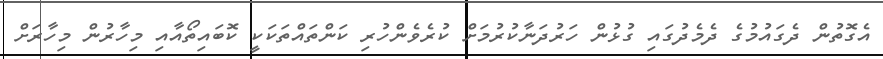
އެގޮތުން ދެގައުމުގެ ދެމެދުގައި ގުޅުން ހަރުދަނާކުރުމަށް ކުރެވެންހުރި ކަންތައްތަކަކީ ކޮބައިތޯއާއި މިހާރުން މިހާރަށް